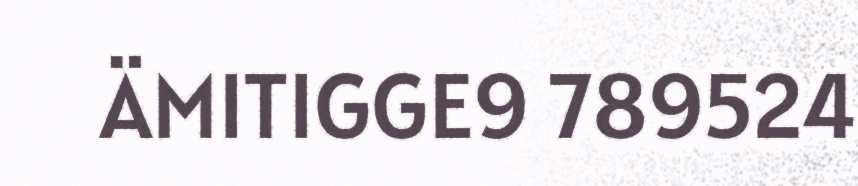
ÄMITIGGE9 789524